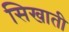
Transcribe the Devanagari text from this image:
सिखाती